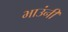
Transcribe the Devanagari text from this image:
भाउंनी